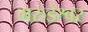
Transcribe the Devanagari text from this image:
गरुडेश्वर